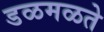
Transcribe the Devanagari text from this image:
डळमळते